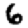
Digit: 6